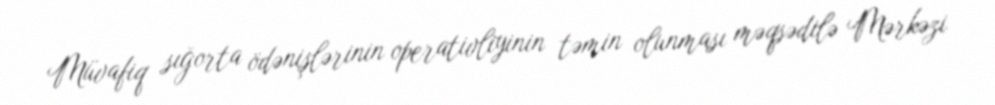
Müvafiq sığorta ödənişlərinin operativliyinin təmin olunması məqsədilə Mərkəzi